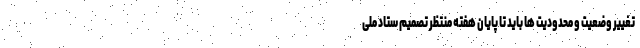
تغییر وضعیت و محدودیت ها باید تا پایان هفته منتظر تصمیم ستاد ملی